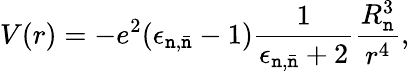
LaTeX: V(r)=-e^{2}(\epsilon_{\mathtt{n},\bar{{\mathtt{n}}}}-1)\frac{{1}}{{\epsilon_{\mathtt{n},\bar{{\mathtt{n}}}}+2}}\frac{{R_{\mathtt{n}}^{3}}}{{r^{4}}},